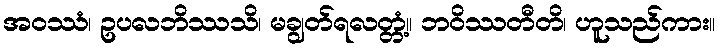
အဝဿံ၊ ဥပလဘိဿသိ၊ မချွတ်ရလတ္တံ့။ ဘဝိဿတီတိ၊ ဟူသည်ကား။